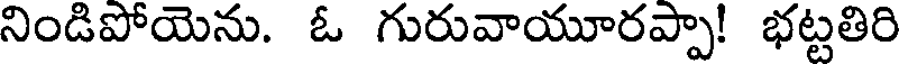
నిండిపోయెను. ఓ గురువాయూరప్పా! భట్టతిరి